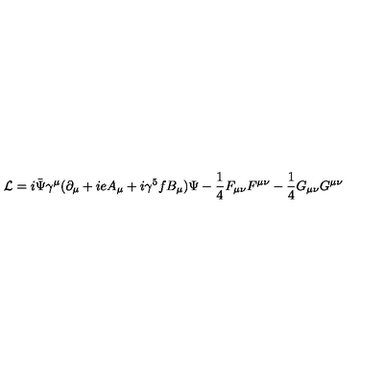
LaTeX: { \cal L } = i \bar { \Psi } \gamma ^ { \mu } ( \partial _ { \mu } + i e A _ { \mu } + i \gamma ^ { 5 } f B _ { \mu } ) \Psi - { \frac { 1 } { 4 } } F _ { \mu \nu } F ^ { \mu \nu } - { \frac { 1 } { 4 } } G _ { \mu \nu } G ^ { \mu \nu }